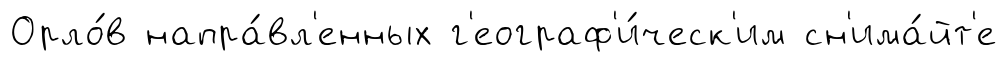
Орло́в напра́вл'енных г'еограф'и́ческ'им сн'има́йт'е